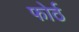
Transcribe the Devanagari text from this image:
फोर्ठ